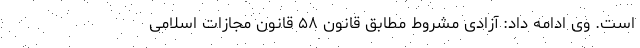
است. وی ادامه داد: آزادی مشروط مطابق قانون ۵۸ قانون مجازات اسلامی